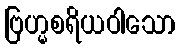
ဗြဟ္မစရိယဝါသော